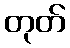
တုတ်